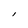
Character: l